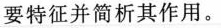
要特征并简析其作用。